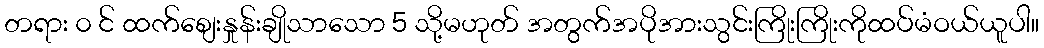
တရား ၀ င် ထက်စျေးနှုန်းချိုသာသော 5 သို့မဟုတ် အတွက်အပိုအားသွင်းကြိုးကြိုးကိုထပ်မံဝယ်ယူပါ။